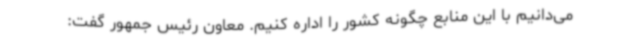
می‌دانیم با این منابع چگونه کشور را اداره کنیم. معاون رئیس جمهور گفت: